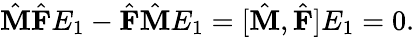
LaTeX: \begin{array}{r}{\hat{\textbf{M}}\hat{\textbf{F}}E_{1}-\hat{\textbf{F}}\hat{\textbf{M}}E_{1}=[\hat{\textbf{M}},\hat{\textbf{F}}]E_{1}=0.}\end{array}